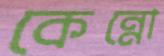
কেন্নো